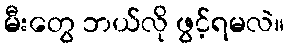
မီးတွေ ဘယ်လို ဖွင့်ရမလဲ။